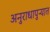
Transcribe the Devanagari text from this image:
अनुराधापुऱ्यात